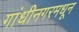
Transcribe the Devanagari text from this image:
गांधीनगरमधून